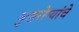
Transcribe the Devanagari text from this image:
कुष्ठरोग्यांचे